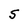
Character: S